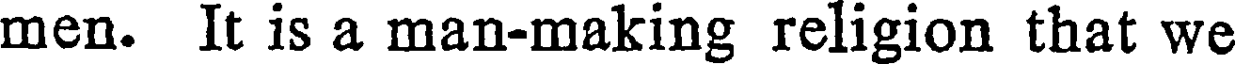
men. It is a man-making religion that we